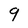
Character: 9